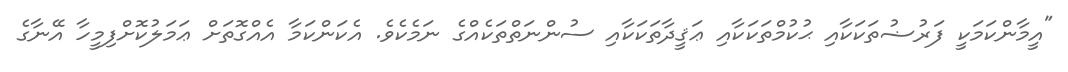
"އީމާންކަމަކީ ފަރުޟުތަކަކާއި ޙުކުމްތަކަކާއި ޢަޤީދާތަކަކާއި ސުންނަތްތަކެއްގެ ނަމެކެވެ. އެކަންކަމާ އެއްގޮތަށް ޢަމަލުކޮށްފިމީހާ އޭނާގެ